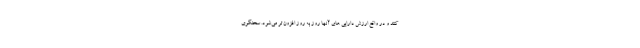
کنند و در واقع ارزش دارایی های آنها روز به روز افزون تر می‌شود. سخنگوی